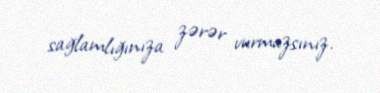
sağlamlığınıza zərər vurmazsınız.